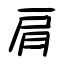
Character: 肩